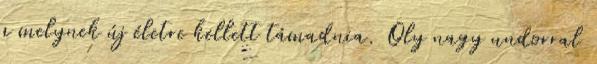
a melynek új életre kellett támadnia. Oly nagy undorral